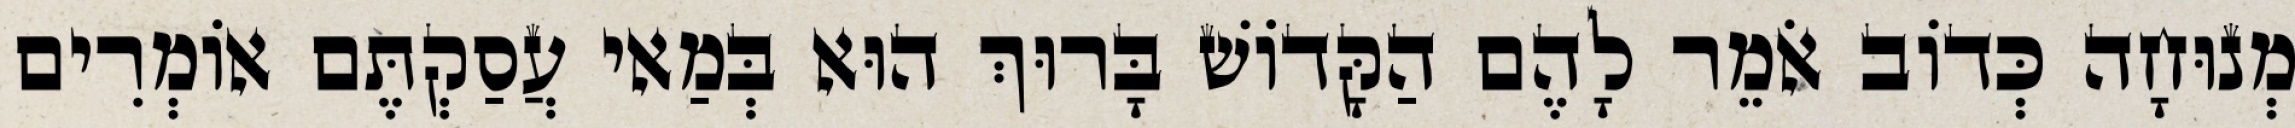
מְנוּחָה כְּדוֹב אֹמֵר לָהֶם הַקָּדוֹשׁ בָּרוּךְ הוּא בְּמַאי עֲסַקְתֶּם אוֹמְרִים